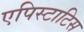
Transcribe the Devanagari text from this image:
एपिस्टाटिस